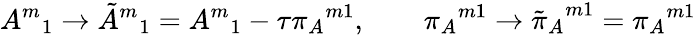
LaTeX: {A^{m}}_{1}\to{\tilde{A}^{m}}_{1}={A^{m}}_{1}-\tau{\pi_{A}}^{m1},\qquad{\pi_{A}}^{m1}\to{\tilde{\pi}_{A}}^{m1}={\pi_{A}}^{m1}